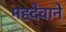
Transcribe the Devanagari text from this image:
महदेवाने